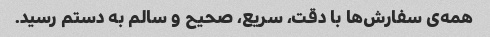
همه‌ی سفارش‌ها با دقت، سریع، صحیح و سالم به دستم رسید.